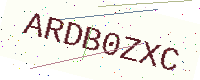
Text: ARDB0ZXC